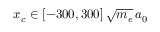
x _ { c } \in [ - 3 0 0 , 3 0 0 ] \, \sqrt { m _ { e } } \, a _ { 0 }